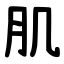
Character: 肌